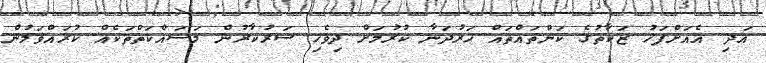
އަދި އެއަށްފަހު ޒަކާތުގެ ކަންތައްތައް ހަރުދަނާ ކުރުމަށް ދިވެހި ސަރުކާރުން މަސައްކަތްތަކެއް ކުރައްވަމުން